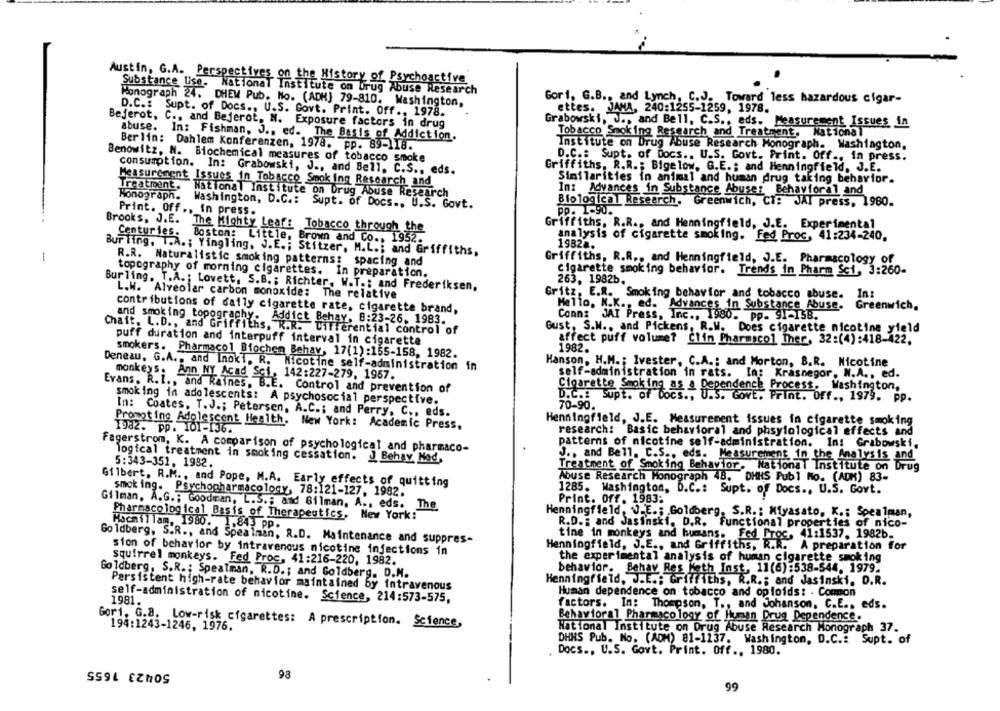
Austin, G.A. Perspectives on the History of Psychoactive
Substance Use.
National Institute on Drug Abuse Research
Gori, G.B ., and Lynch, C.J. Toward less hazardous cigar-
Monograph 24. DHEW Pub. No. (ADH] 79-810. Washington,
D.C .: Supt. of Docs ., U.S. Govt. Print. Off ., 1978.
ettes. JANA, 240:1255-1259, 1978.
Bejerot, C ., and Bejerot, N. Exposure factors in drug
abuse.
Grabowski, U ., and Bell, C.S ., eds. Measurement Issues in
Tobacco Smoking
smoking Research and Treatment, National
In: Fishman, J ., ed. The Basis of Addiction.
Berlin: Dahlem Konferenzen, 1978. pp. 89-118.
Institute on Drug Abuse Research Monograph. Washington,
D.C .: Supt. of Docs .. U.S. Govt. Print. Off ., in press.
Benowitz, N. Biochemical measures of tobacco smoke
consumption. In: Grabowski, J ., and Bell, C.S ., eds.
Griffiths, R.R .: Bigelow. G.E .; and Henningfield, J.E.
Measurement Issues in Tobacco Smok ing Research and
Similarities in animal and human drug taking behavior.
Treatment.
In: Advances in Substance Abuse: Behavioral and
Monograph.
"National Institute on Drug Abuse Research
Washington, D.C .: Supt. of Docs .. U.S. Govt.
Biological Research, Greenwich, Ct: JAI press, 1980.
Print. Off ., in press.
PP. 1-90.
Brooks, J.E. The Mighty Leaf: Tobacco through the
Griffiths. R.R ., and Henningfield, J.E. Experimental
Centuries. Boston: Little, Brown and Co ., 1952.
analysis of cigarette smoking. Fed Proc, 41:234-240,
19828.
Bur ling. T.A .; Yingling, J.E. ; Stitzer, M.L .; and Griffiths.
-
R.R. Naturalistic smoking patterns: spacing and
Griffiths, R.R ., and Henningfield, J.E. Pharmacology of
topography of morning cigarettes.
cigarette smoking behavior. Trends in Pharm Sci, 3:260-
In preparation.
263, 1982b.
Burling. T.A .; Lovett, S.B .; Richter, W.T .: and Frederiksen,
L.W. Alveolar carbon monoxide: The relative
Gritz, E.R. Smoking behavior and tobacco abuse.
In:
Mello, N.K ., ed. Advances in Substance Abuse.
Greenwich,
contributions of daily cigarette rate, cigarette brand,
and smoking topography. Addict Behay, 8:23-26. 1983.
Conn: JAI Press, Inc ., 1980. pp. SI-158.
Chait. L.D ., and Griffiths, R.R. Differential control of
Gust, S.W ., and Pickens, R.M. Does cigarette nicotine yield
puff duration and interpuff interval in cigarette
affect puff volume? Clin Pharmacol Ther, 32:(4) :418-422.
1982.
smokers. Pharmacol Biochem Behav, 17(1):155-158, 1982.
Hanson, H.M .; Ivester, C.A .: and Morton, B.R. Nicotine
Deneau, G.A ., and Inoki. R. Nicotine self-administration in
monkeys. Ann NY Acad Sci, 142:227-279, 1967.
self-administration in rats. In: Krasnegor, N.A ., ed.
Evans. R.l ., and Raines, B.E. Control and prevention of
Cigarette Smoking as a Dependence Process. Washington,
D.C .: Supt. of Docs ., U.S. Govt. Print. Off ., 1979. pp.
smoking in adolescents: A psychosocial perspective.
70-90.
In: Coates, T.J .; Petersen, A.C .; and Perry. C ., eds.
Promoting Adolescent Health.
New York: Academic Press.
Henningfield, J.E. Measurement issues in cigarette smoking
1982. pp. 101-136.
research: Basic behavioral and phsylological effects and
Fagerstrom, K. A comparison of psychological and pharmaco-
patterns of nicotine self-administration. In: Grabowski,
logical treatment in smoking cessation. J Behay Nad,
J ., and Bell. C.S ., eds. Measurement in the Analysis and
5:343-351, 1982.
Treatment of Smoking Behavior. National Institute on Drug
Abuse Research Monograph 48. DHHS Publ Mo. (ADM) 83-
Gilbert. R.M ., and Pope, M.A. Early effects of quitting
1285. Washington, D.C .: Supt. of Docs ., U.S. Govt.
smok ing. Psychopharmacology, 78:121-127, 1982.
Print. Off. 1983:
Gilman, A.G .; Goodman, L.S .; and 611man, A .. eds. The
Pharmacological Basis of Therapeutics, New York:
Henningfield, J_E .; Goldberg, S.R .: Miyasato, K .: Spealman,
Hocmillam, 1980. 1,843 pp.
R.D .: and Jasinski, D.R. Functional properties of nico-
Goldberg, S.R ., and Spealman, R.D. Maintenance and suppres-
tine in monkeys and humans. Fed Proc, 41:1537. 1982b.
Henningfield, J.E ., and Griffiths, R.R. A preparation for
sion of behavior by intravenous nicotine infections in
squirrel monkeys. Fed Proc, 41:216-220, 1982.
the experimental analysis of human cigarette smoking
behavior. Behav Res Keth Inst, 11(6):538-544. 1979.
Goldberg, S.R .: Spealman, R.D .; and Goldberg. D.M.
Henningfield, J.E .; Griffiths, R.R .; and Jasinski, D.R.
Persistent high-rate behavior maintained by intravenous
Human dependence on tobacco and opioids: - Common
1981.
self-administration of nicotine. Science, 214:573-575,
factors. In:
Thompson, T ., and Johanson, C.E ., eds.
Behavioral Pharmacology of Human Drug Dependence.
Gori. G.a. Low-risk cigarettes: A prescription. Science,
194:1243-1246, 1976.
National Institute on Drug Abuse Research Monograph 37.
DHHS Pub. No. (ADM) 81-1137. Washington, D.C .: Supt. of
Docs ., U.S. Govt. Print. Off ., 1980.
50423 1655
98
99